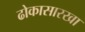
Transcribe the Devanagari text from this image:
ढोकासारखा